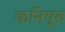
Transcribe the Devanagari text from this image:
कनियूरु